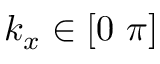
k _ { x } \in [ 0 \mathrm { ~ } \pi ]